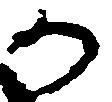
か